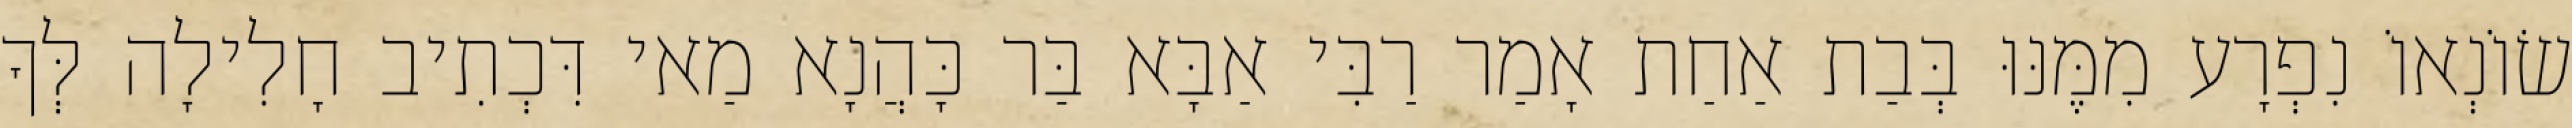
שׂוֹנְאוֹ נִפְרָע מִמֶּנּוּ בְּבַת אַחַת אָמַר רַבִּי אַבָּא בַּר כָּהֲנָא מַאי דִּכְתִיב חָלִילָה לְּךָ